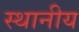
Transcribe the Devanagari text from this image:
स्थानीय